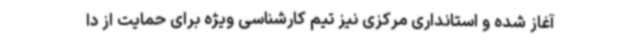
آغاز شده و استانداری مرکزی نیز تیم کارشناسی ویژه برای حمایت از دا